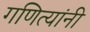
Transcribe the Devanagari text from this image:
गणित्यांनी